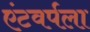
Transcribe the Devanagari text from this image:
एंटवर्पला